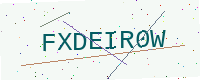
Text: FXDEIR0W